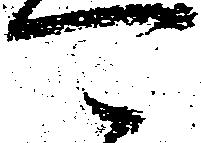
可